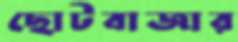
ছোটবাজার